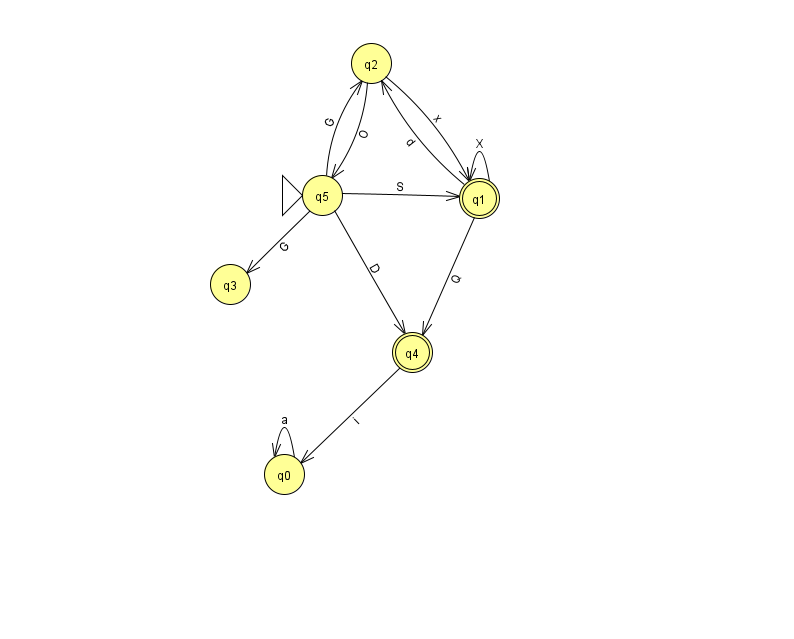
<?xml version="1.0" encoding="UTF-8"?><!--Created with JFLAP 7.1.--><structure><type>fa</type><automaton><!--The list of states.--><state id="0" name="q0"><x>284.0</x><y>461.0</y></state><state id="1" name="q1"><x>479.0</x><y>185.0</y><final/></state><state id="2" name="q2"><x>371.0</x><y>50.0</y></state><state id="3" name="q3"><x>230.0</x><y>271.0</y></state><state id="4" name="q4"><x>412.0</x><y>339.0</y><final/></state><state id="5" name="q5"><x>322.0</x><y>182.0</y><initial/></state><!--The list of transitions.--><transition><from>5</from><to>1</to><read>S</read></transition><transition><from>0</from><to>0</to><read>a</read></transition><transition><from>1</from><to>2</to><read>d</read></transition><transition><from>5</from><to>2</to><read>G</read></transition><transition><from>4</from><to>0</to><read>i</read></transition><transition><from>5</from><to>3</to><read>G</read></transition><transition><from>1</from><to>1</to><read>X</read></transition><transition><from>1</from><to>4</to><read>Q</read></transition><transition><from>2</from><to>5</to><read>O</read></transition><transition><from>5</from><to>4</to><read>D</read></transition><transition><from>2</from><to>1</to><read>x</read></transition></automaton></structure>